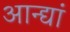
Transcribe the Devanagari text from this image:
आन्द्यां